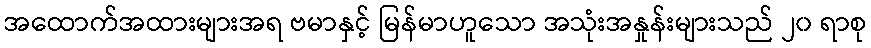
အထောက်အထားများအရ ဗမာနှင့် မြန်မာဟူသော အသုံးအနှုန်းများသည် ၂၀ ရာစု